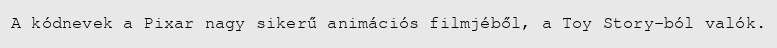
A kódnevek a Pixar nagy sikerű animációs filmjéből, a Toy Story-ból valók.